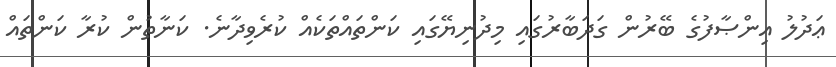
ޢަދުލު އިންޞާފުގެ ބޭރުން ގަދަބާރުގައި މިދުނިޔޭގައި ކަންތައްތަކެއް ކުރެވިދާނެ. ކަނާތުން ކުރާ ކަންތައް